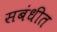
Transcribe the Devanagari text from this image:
सबंधीत